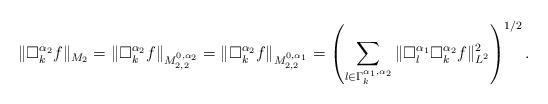
LaTeX: \begin{align*}\|\Box_k^{\alpha_2}f\|_{M_2}=\|\Box_k^{\alpha_2}f\|_{M_{2,2}^{0,\alpha_2}}=\|\Box_k^{\alpha_2}f\|_{M_{2,2}^{0,\alpha_1}}=\left(\sum_{l\in \Gamma_k^{\alpha_1,\alpha_2}}\|\Box_l^{\alpha_1}\Box_k^{\alpha_2}f\|^2_{L^2}\right)^{1/2}.\end{align*}